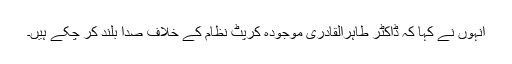
انہوں نے کہا کہ ڈاکٹر طاہرالقادری موجودہ کرپٹ نظام کے خلاف صدا بلند کر چکے ہیں۔